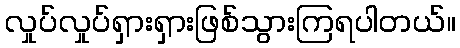
လှုပ်လှုပ်ရှားရှားဖြစ်သွားကြရပါတယ်။